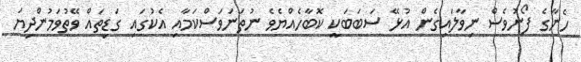
ހެނާގެ ފޯނުވެސް ނިވާލައިގެން އުޅޭ ސަބަބަކީ ކޮބާހެއްޔެވެ ނުތަނަވަސްކަމާއި އެކުގައި ގަޑިތައް ވޭތުވަމުންދިޔަ